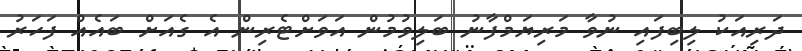
ދަރިއަކު ލިބިފައި ނުވާ މަރިޔަމްފާނު ބަލިވުމުން އަވަށްޓެރިން އެ ގެއަށް ބައެއް ފަހަރު